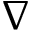
\nabla